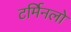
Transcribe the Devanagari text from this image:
टर्मिनलो